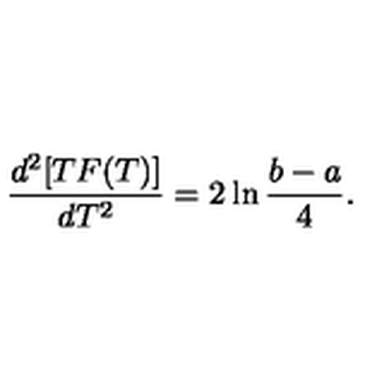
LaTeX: \frac { d ^ { 2 } [ T F ( T ) ] } { d T ^ { 2 } } = 2 \ln \frac { b - a } { 4 } .